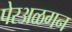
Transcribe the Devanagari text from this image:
पेरअळगन